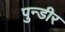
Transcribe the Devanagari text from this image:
पुन्डीर